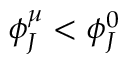
\phi _ { J } ^ { \mu } < \phi _ { J } ^ { 0 }